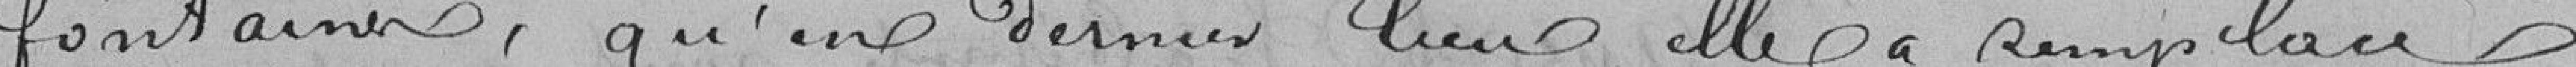
fontaines, qu'en dernier lieu, elle a remplacé